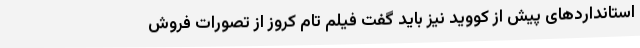
استانداردهای پیش از کووید نیز باید گفت فیلم تام کروز از تصورات فروش